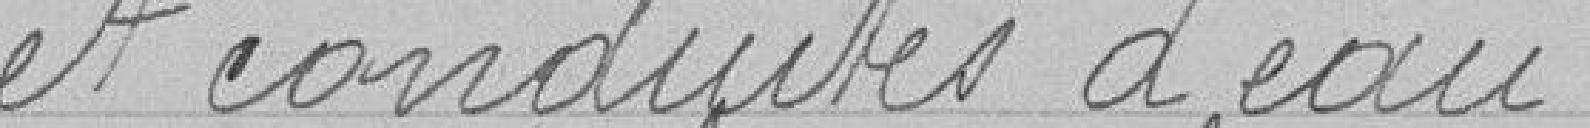
et conduites d'eau